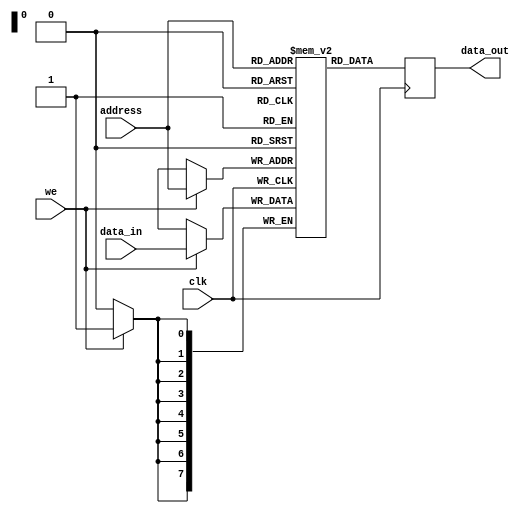
module sram (
    input wire clk,
    input wire we,
    input wire [7:0] address,
    input wire [7:0] data_in,
    output reg [7:0] data_out
);
    
reg [7:0] memory [0:255];

always @(posedge clk) begin
    if (we) begin
        memory[address] <= data_in;
    end
    data_out <= memory[address];
end

endmodule